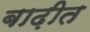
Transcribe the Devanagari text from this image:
बाढ़ीत